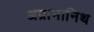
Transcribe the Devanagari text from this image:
अप्रामानिथ